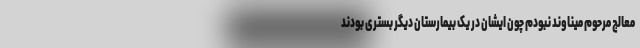
معالج مرحوم میناوند نبودم چون ایشان در یک بیمارستان دیگر بستری بودند